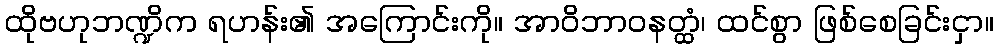
ထိုဗဟုဘဏ္ဍိက ရဟန်း၏ အကြောင်းကို။ အာဝိဘာဝနတ္ထံ၊ ထင်စွာ ဖြစ်စေခြင်းငှာ။